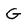
Character: G